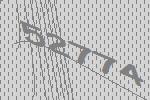
52774